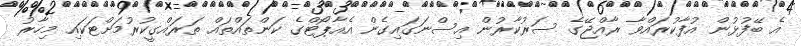
އެ ބޭފުޅުން އުފާކުރައްވާ ރާއްޖޭގެ ސަރުކާރުން އިސްނަގައިގެން އެއާޕޯޓްގެ ކަންތައްތައް ތަރައްގީކުރުމަށްޓަކައި މިހާރު